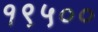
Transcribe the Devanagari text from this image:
१९५००